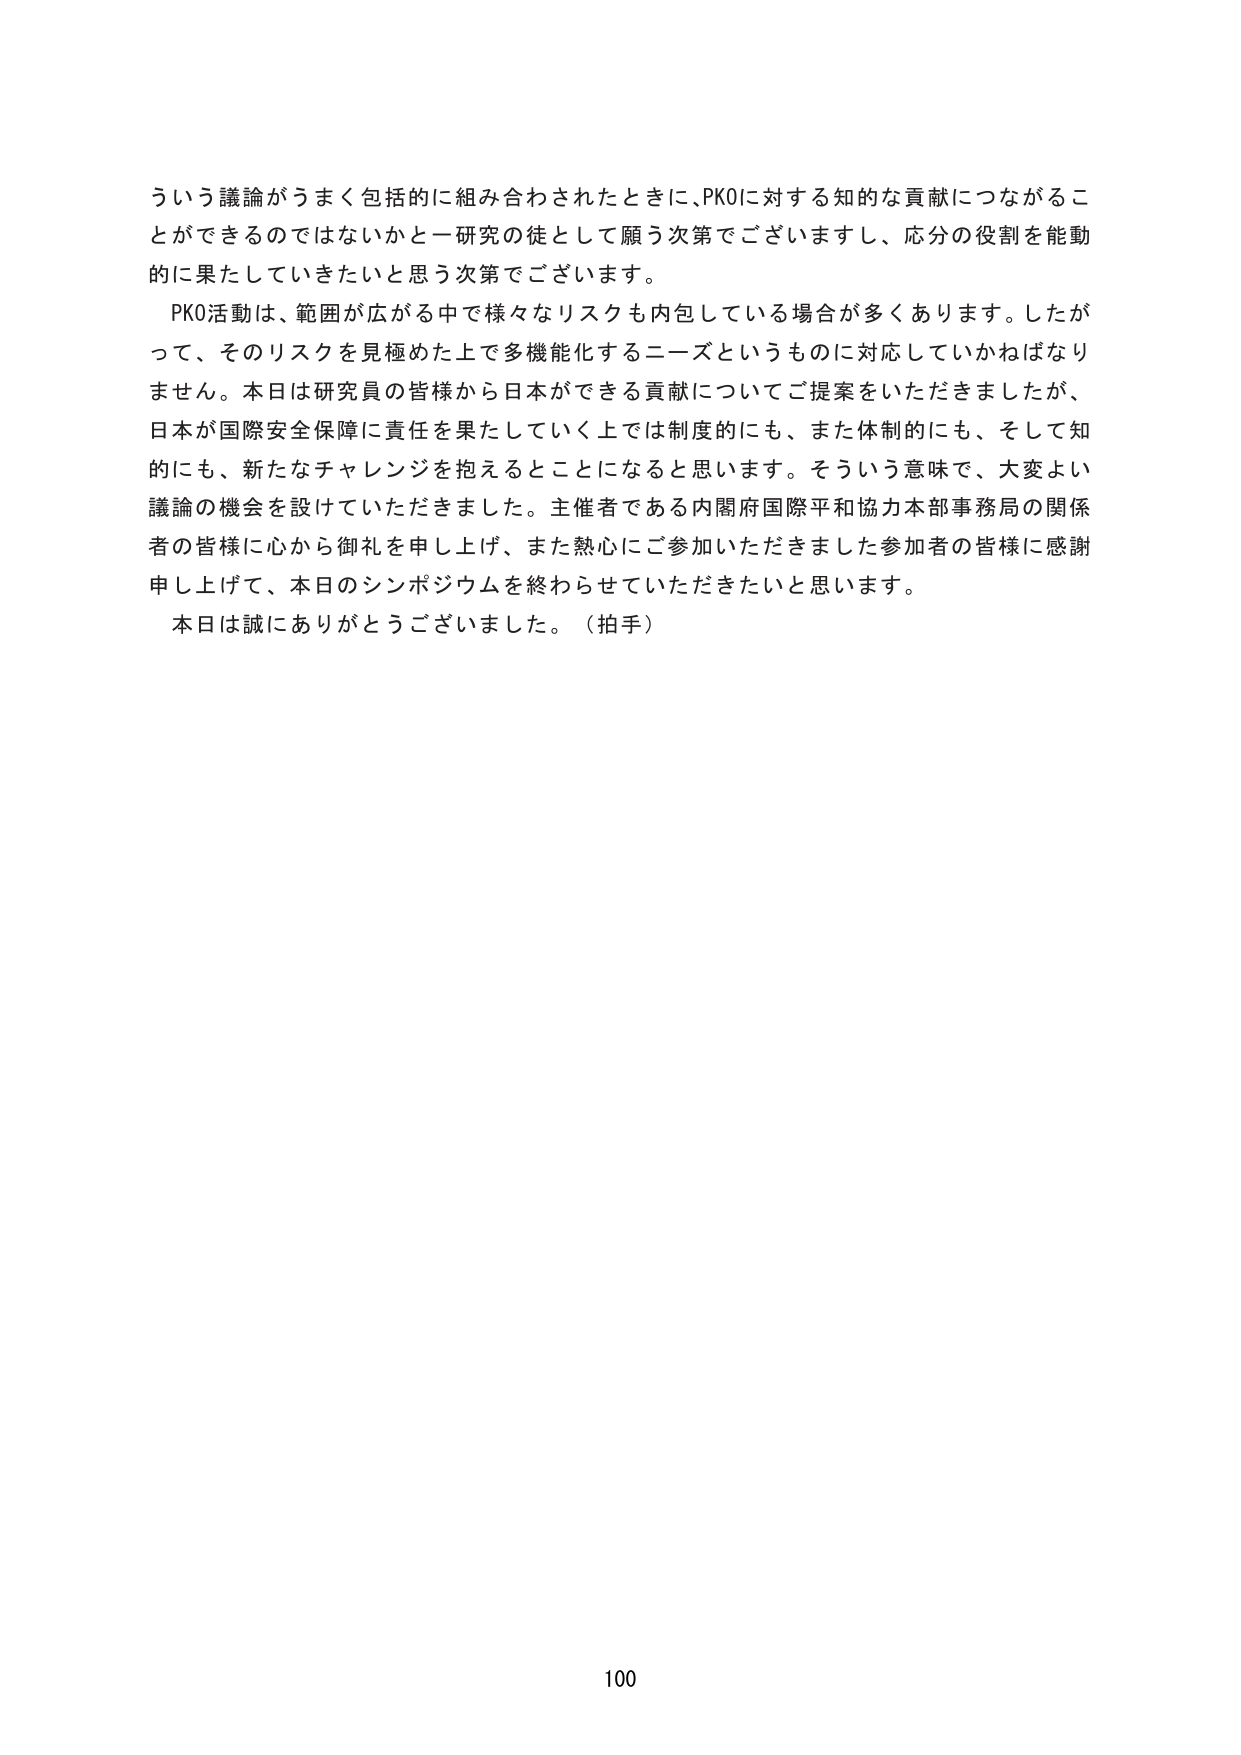
ういう議論がうまく包括的に組み合わされたときに、PKOに対する知的な貢献につながることができるのではないかと一研究の徒として願う次第でございますし、応分の役割を能動的に果たしていきたいと思う次第でございます。

PKO活動は、範囲が広がる中で様々なリスクも内包している場合が多くあります。したがって、そのリスクを見極めた上で多機能化するニーズというものに対応していかねばなりません。本日は研究員の皆様から日本ができる貢献についてご提案をいただきましたが、日本が国際安全保障に責任を果たしていく上では制度的にも、また体制的にも、そして知的にも、新たなチャレンジを抱えることになると思います。そういう意味で、大変よい議論の機会を設けていただきました。主催者である内閣府国際平和協力本部事務局の関係者の皆様に心から御礼を申し上げ、また熱心にご参加いただきました参加者の皆様に感謝申し上げて、本日のシンポジウムを終わらせていただきたいと思います。

本日は誠にありがとうございました。（拍手）

100